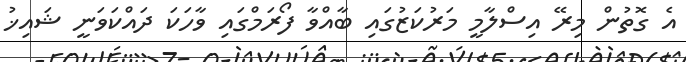
އެ ގޮތުން މިރޭ އިސްލާމީ މަރުކަޒުގައި ބާއްވާ ފޯރަމްގައި ވާހަކަ ދައްކަވަނީ ޝައިޚު